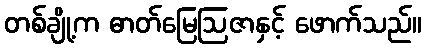
တစ်ချို့က ဓာတ်မြေဩဇာနှင့် ဖောက်သည်။